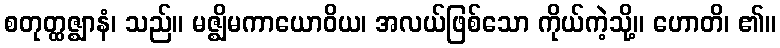
စတုတ္ထဇ္ဈာနံ၊ သည်။ မဇ္ဈိမကာယောဝိယ၊ အလယ်ဖြစ်သော ကိုယ်ကဲ့သို့။ ဟောတိ၊ ၏။